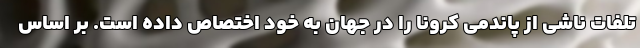
تلفات ناشی از پاندمی کرونا را در جهان به خود اختصاص داده است. بر اساس